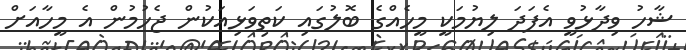
ޝާހު ވިދާޅުވީ އެފަދަ ލިޔުމަކީ މީހެއްގެ ބޮލުގައި ކަތިވަޅިއަކުން ޖެހުމުން އެ މީހާއަށް